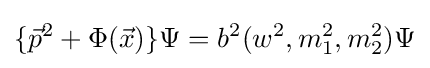
\{{\vec {p}}^{2}+\Phi ({\vec {x}})\}\Psi =b^{2}(w^{2},m_{1}^{2},m_{2}^{2})\Psi